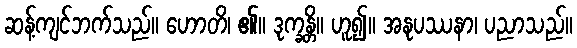
ဆန့်ကျင်ဘက်သည်။ ဟောတိ၊ ၏။ ဒုက္ခန္တိ။ ဟူ၍။ အနုပဿနာ၊ ပညာသည်။